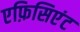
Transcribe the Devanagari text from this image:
एफ़िसिएंट